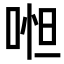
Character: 𠶒